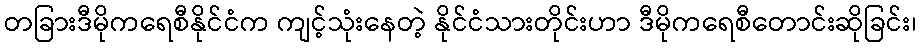
တခြားဒီမိုကရေစီနိုင်ငံက ကျင့်သုံးနေတဲ့ နိုင်ငံသားတိုင်းဟာ ဒီမိုကရေစီတောင်းဆိုခြင်း၊